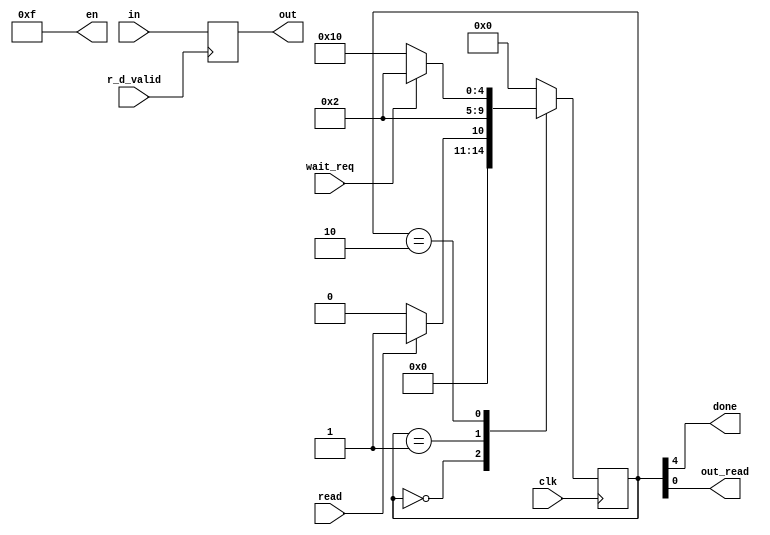
// to read
module fsm1(clk, r_d_valid, wait_req, read, in, out, done, en, out_read);

input clk, r_d_valid, wait_req, read;// start
input [31:0] in;
output reg [31:0] out;
output done;
output wire [3:0] en;//byteenable
output out_read;

// reg wire dec
reg [4:0] state;
wire done;
wire out_read;

// states
parameter [4:0] idle = 5'b0_00_00;
parameter [4:0] read_state = 5'b0_00_01; 
parameter [4:0] delay = 5'b0_00_10; 
parameter [4:0] get_val = 5'b1_00_00; 

assign done= state[4];// 4th bit only at get val
assign out_read = state[0];

assign en=4'b1111;


// edge detection for read
always@(posedge r_d_valid)begin
	out <= in;// when posedge of r_d_valid get the input in	
end

// states
always@(posedge clk)begin
	case(state)
	idle: begin
		if(read)
			state <=read_state;// go to read
		else 
			state <= idle;// stay here
	end

	read_state: state<= delay;// delay
	delay: begin
		if(wait_req)
			state<= delay;// stay at delay
		else
			state<= get_val;// else go get value
	end
	get_val: state <= idle;// loop
	default: state <= idle;
	endcase
end
endmodule